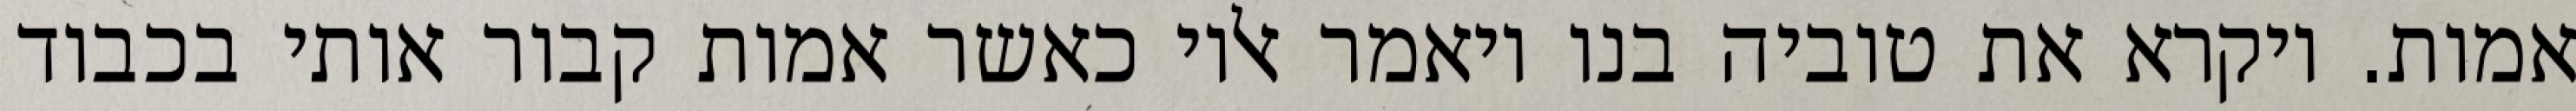
אמות. ויקרא את טוביה בנו ויאמר אליו כאשר אמות קבור אותי בכבוד